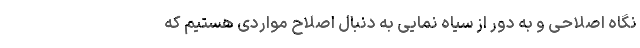
نگاه اصلاحی و به دور از سیاه نمایی به دنبال اصلاح مواردی هستیم که